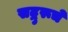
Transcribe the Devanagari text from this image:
सद्गुरूचे